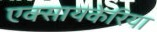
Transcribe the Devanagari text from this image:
एक्सायकेरिया